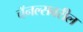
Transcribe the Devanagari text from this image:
चॅनल्सवरील